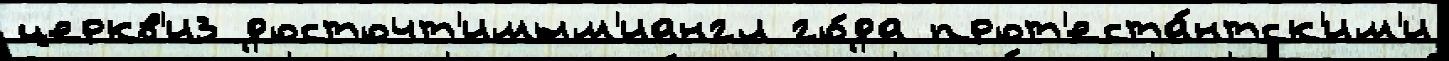
церкв'и3 досточт'имым'иангл го́да прот'еста́нтск'им'и